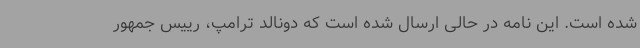
شده است. این نامه در حالی ارسال شده است که دونالد ترامپ، رییس جمهور